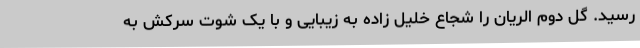
رسید. گل دوم الریان را شجاع خلیل زاده به زیبایی و با یک شوت سرکش به